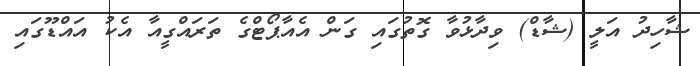
ޝާހިދު އަލީ (ޝާޑް) ވިދާޅުވާ ގޮތުގައި ގަން އެއާޕޯޓްގެ ތަރައްގީއާ އެކު އައްޑޫގައި